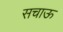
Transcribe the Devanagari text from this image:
सचाऊ